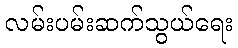
လမ်းပမ်းဆက်သွယ်ရေး